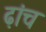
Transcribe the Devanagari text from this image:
ढ़ांच